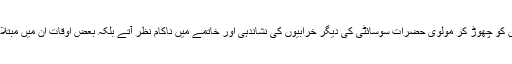
چند ایک برائیوں کو چھوڑ کر مولوی حضرات سوسائٹی کی دیگر خرابیوں کی نشاندہی اور خاتمے میں ناکام نظر آتے بلکہ بعض اوقات ان میں مبتلا دکھا دیتے ہیں۔